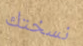
نسختك